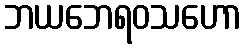
ဘယဘေရဝသဟော